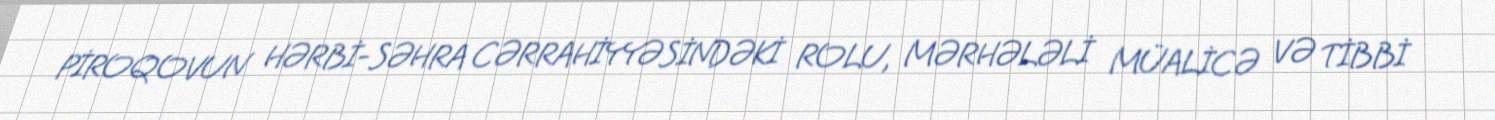
PİROQOVUN HƏRBİ-SƏHRA CƏRRAHİYYƏSİNDƏKİ ROLU, MƏRHƏLƏLİ MÜALİCƏ VƏ TİBBİ